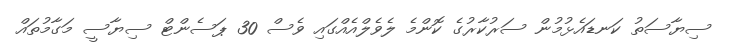
ސިޔާސަތު ކަނޑައެޅުމުން ސަރުކާރުގެ ކޮންމެ ލެވެލްއެއްގައި ވެސް 30 ޕަސެންޓް ސިޔާސީ މަގާމުތައް